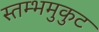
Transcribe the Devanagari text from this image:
स्तम्भमुकुट